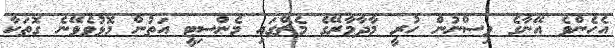
އެހެންވެ އޭނާގެ ވިސްނުން ހުރީ މާދާމާރޭގެ މެޗްގައި މެންސިޓީ އަތުން މޮޅުވެވޭނެ ގޮތަކާ